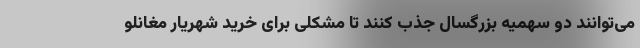
می‌توانند دو سهمیه بزرگسال جذب کنند تا مشکلی برای خرید شهریار مغانلو